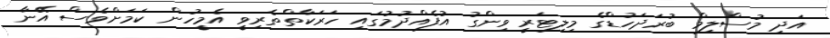
އަދި މުސްލިމް ބުރަދަހުޑްގެ މިލިޓަރީ ވިންގު އުފެއްދުމުގައި ހަރަކާތްތެރިވީ އެމީހުން ކަމަށްވެސް އޭނާ